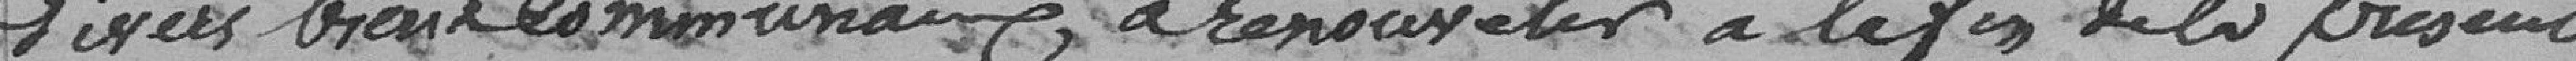
divers biens communaux, à renouveler à la fin de la présente